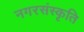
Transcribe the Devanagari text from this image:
नगरसंस्कृति